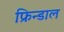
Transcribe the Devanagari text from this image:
फ्रिन्डाल